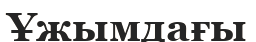
Ұжымдағы